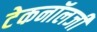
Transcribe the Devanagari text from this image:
टेकनॉलजी